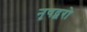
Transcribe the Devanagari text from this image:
नृषद्वरो